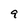
Character: 9